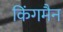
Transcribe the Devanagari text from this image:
किंगमैन